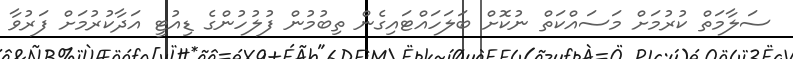
ސަލާމަތް ކުރުމަށް މަސައްކަތް ނުކޮށް ބަލަހައްޓައިގެން ތިބުމުން ފުލުހުންގެ ޑިއުޓީ އަދާކުރުމަށް ފަރުވާ